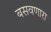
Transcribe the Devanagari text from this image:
बसवणारा